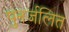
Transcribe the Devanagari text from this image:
पुनर्जलित